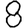
Digit: 8